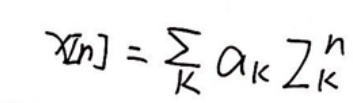
\[ x[n] = \sum_{k} \alpha_{k} Z_{k}^{n} \]